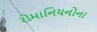
રોમાનિયનોના